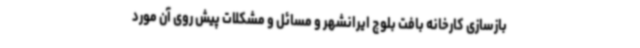
بازسازی کارخانه بافت بلوچ ایرانشهر و مسائل و مشکلات پیش روی آن مورد